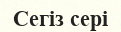
Сегіз сері